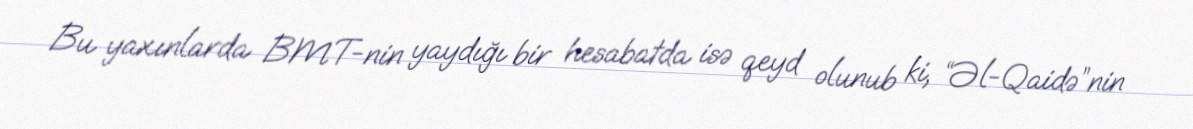
Bu yaxınlarda BMT-nin yaydığı bir hesabatda isə qeyd olunub ki, “Əl-Qaidə”nin